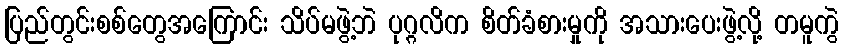
ပြည်တွင်းစစ်တွေအကြောင်း သိပ်မဖွဲ့ဘဲ ပုဂ္ဂလိက စိတ်ခံစားမှုကို အသားပေးဖွဲ့လို့ တမူကွဲ